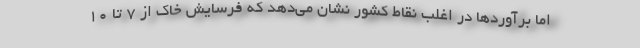
اما برآوردها در اغلب نقاط کشور نشان می‌دهد که فرسایش خاک از ۷ تا ۱۰